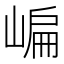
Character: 𡺂